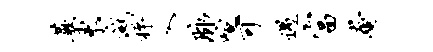
蕨东灭枰入脉喧可遇富奄